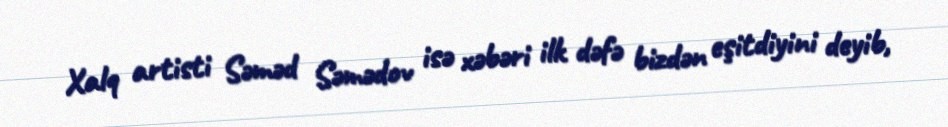
Xalq artisti Səməd Səmədov isə xəbəri ilk dəfə bizdən eşitdiyini deyib,